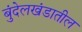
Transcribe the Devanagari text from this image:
बुंदेलखंडातील